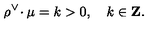
\rho ^ { \vee } \! \cdot \mu = k > 0 , \quad k \in { \bf Z } .